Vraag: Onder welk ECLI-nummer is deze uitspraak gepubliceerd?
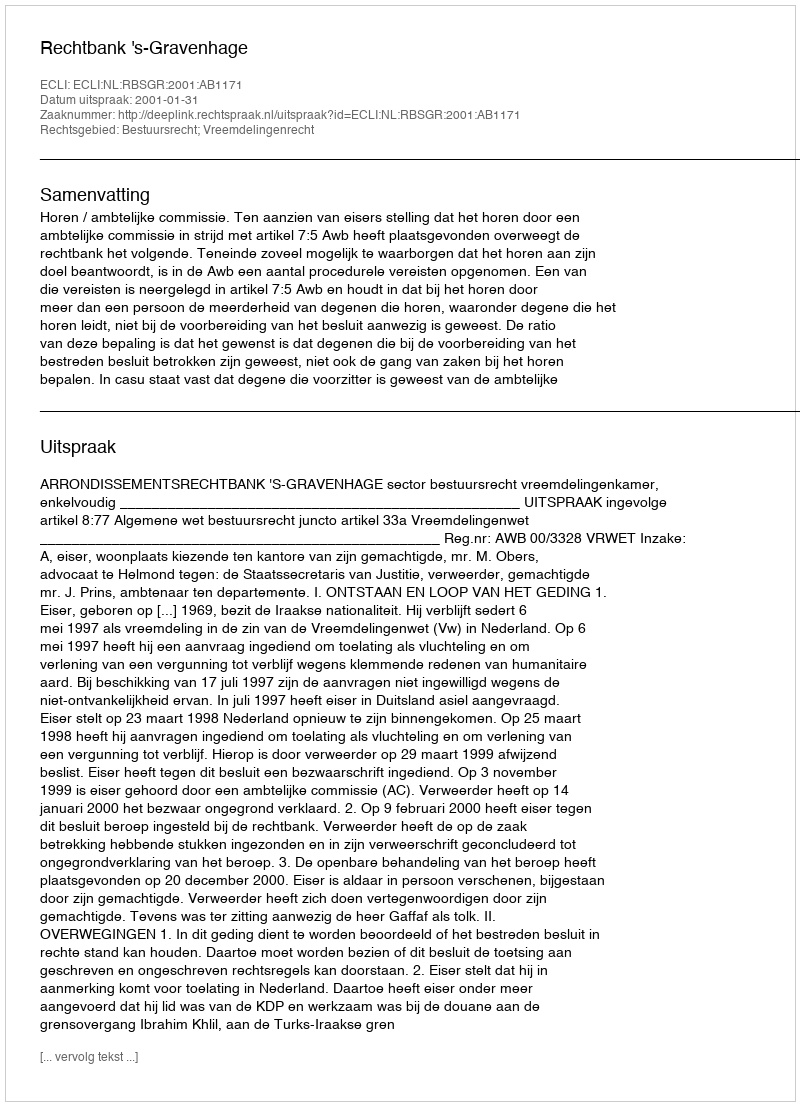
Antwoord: ECLI:NL:RBSGR:2001:AB1171